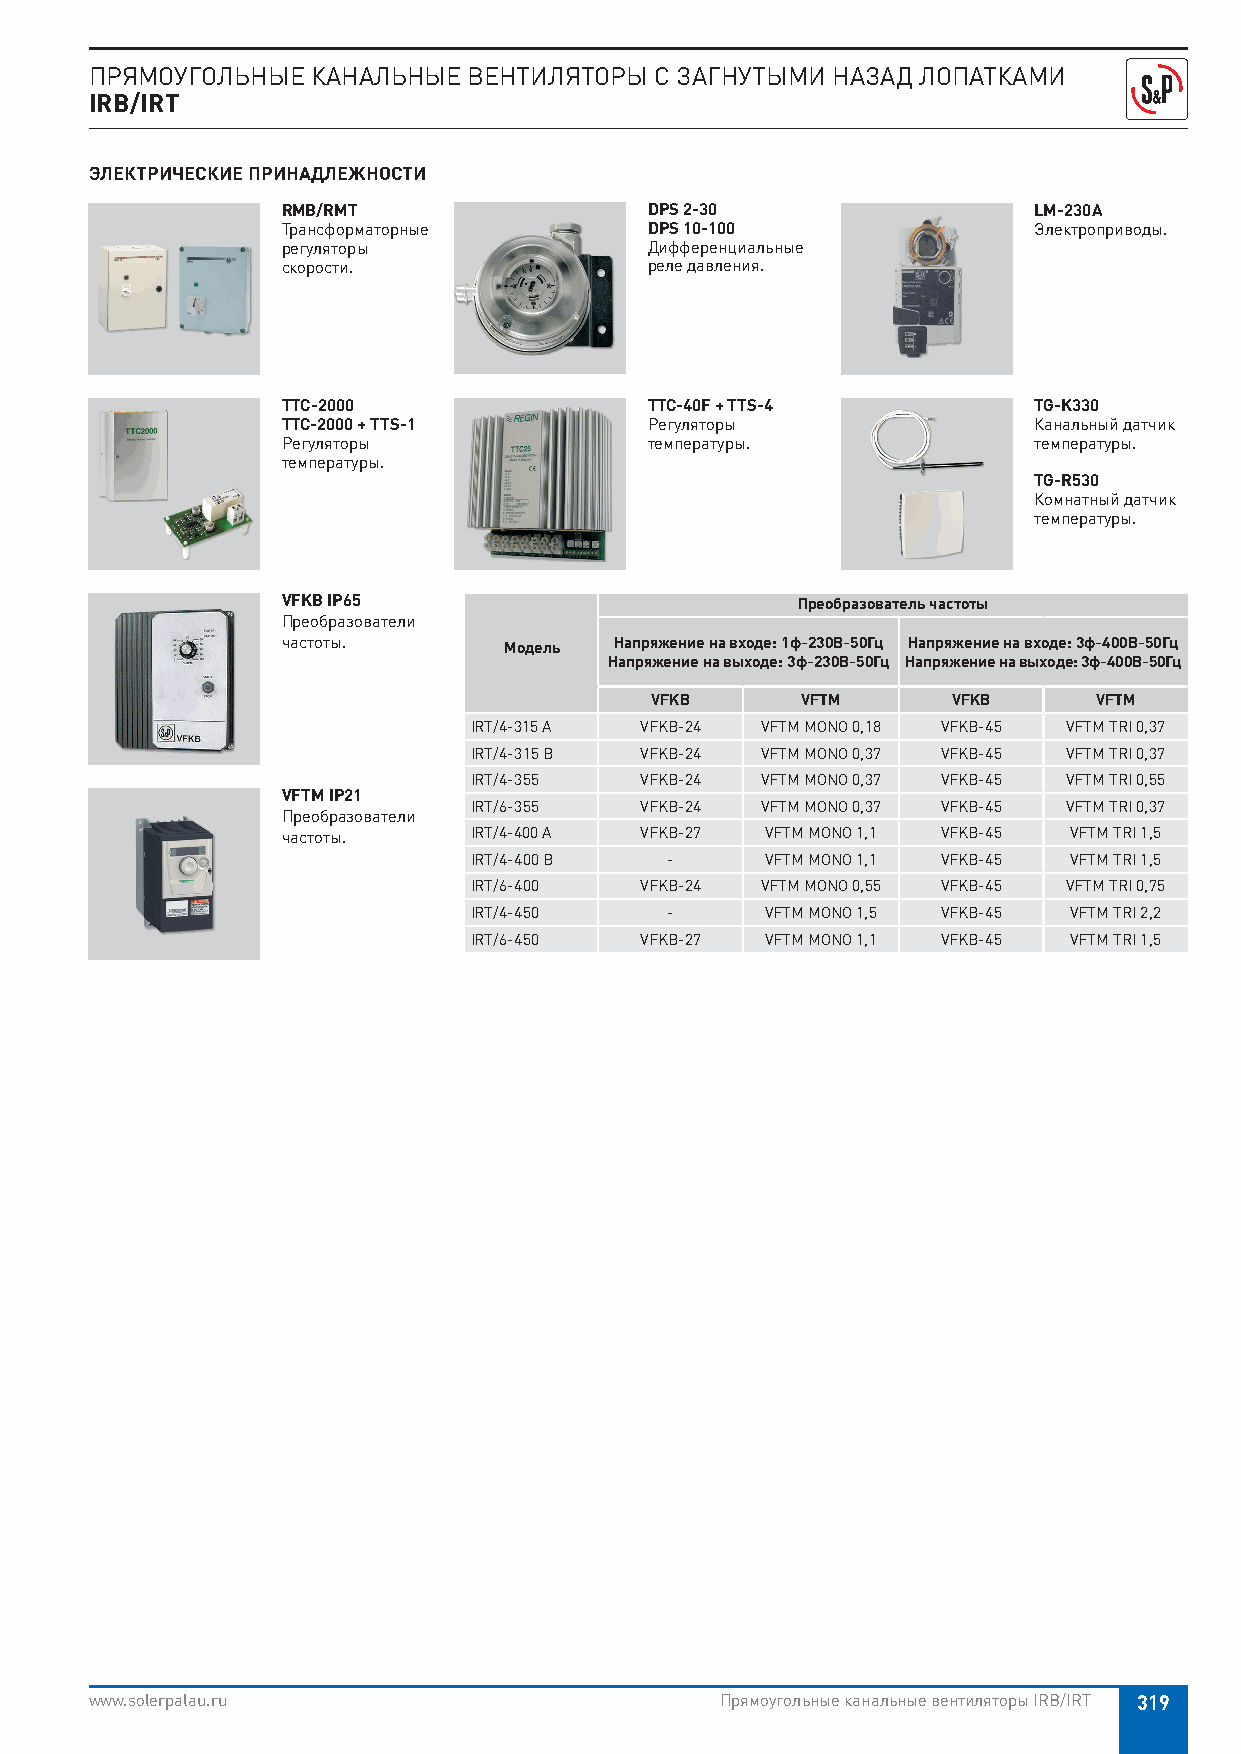
ПРЯМОУГОЛЬНЫЕ  КАНАЛЬНЫЕ ВЕНТИЛЯТОРЫ С ЗАГНУТЫМИ НАЗАД ЛОПАТКАМИ
 IRB/IRT
 ЭЛЕКТРИЧЕСКИЕ ПРИНАДЛЕЖНОСТИ
 RMB/RMT                 DPS 2-30                 LM-230A
 Трансформаторные        DPS 10-100               Электроприводы.
 регуляторы              Дифференциальные
 скорости.               реле давления.
 TTC-2000                TTC-40F + TTS-4          TG-K330
 TTC-2000 + TTS-1        Регуляторы               Канальный датчик
 Регуляторы              температуры.             температуры.
 температуры.
 TG-R530
 Комнатный датчик
 температуры.
 VFKB IP65                         Преобразователь частоты
 Преобразователи
 частоты.      Модель  Напряжение на входе: 1ф-230В-50Гц Напряжение на входе: 3ф-400В-50Гц
 Напряжение на выходе: 3ф-230В-50Гц Напряжение на выходе: 3ф-400В-50Гц
 VFKB      VFTM      VFKB     VFTM
 IRT/4-315 A VFKB-24 VFTM MONO 0,18 VFKB-45 VFTM TRI 0,37
 IRT/4-315 B VFKB-24 VFTM MONO 0,37 VFKB-45 VFTM TRI 0,37
 IRT/4-355  VFKB-24 VFTM MONO 0,37 VFKB-45 VFTM TRI 0,55
 VFTM IP21
 IRT/6-355  VFKB-24 VFTM MONO 0,37 VFKB-45 VFTM TRI 0,37
 Преобразователи
 частоты.    IRT/4-400 A VFKB-27 VFTM MONO 1,1 VFKB-45 VFTM TRI 1,5
 IRT/4-400 B  -      VFTM MONO 1,1 VFKB-45 VFTM TRI 1,5
 IRT/6-400  VFKB-24 VFTM MONO 0,55 VFKB-45 VFTM TRI 0,75
 IRT/4-450    -      VFTM MONO 1,5 VFKB-45 VFTM TRI 2,2
 IRT/6-450  VFKB-27  VFTM MONO 1,1 VFKB-45 VFTM TRI 1,5
 www.solerpalau.ru                         Прямоугольные канальные вентиляторы IRB/IRT 319